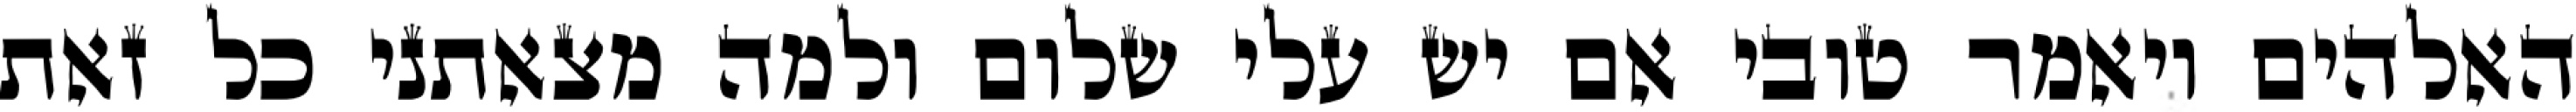
האלהים ויאמר טובי אם יש עלי שלום ולמה מצאתני כל זאת